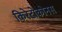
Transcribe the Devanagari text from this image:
किरेटोकोनस